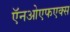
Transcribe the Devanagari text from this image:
ऍनओएफएक्स